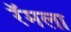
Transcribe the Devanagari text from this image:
रॅमला